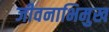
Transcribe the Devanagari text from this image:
जीवनाभिमुख